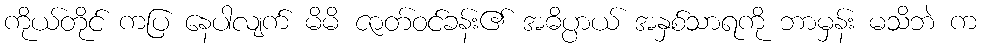
ကိုယ်တိုင် ကပြ နေပါလျက် မိမိ ဇာတ်ဝင်ခန်း၏ အဓိပ္ပာယ် အနှစ်သာရကို ဘာမှန်း မသိဘဲ က